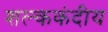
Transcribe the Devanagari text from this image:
शल्ककंदीय